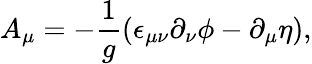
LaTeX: A_{\mu}=-\frac{1}{g}(\epsilon_{\mu\nu}\partial_{\nu}\phi-\partial_{\mu}\eta),